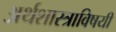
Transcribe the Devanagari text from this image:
अर्थशास्त्राविषयी